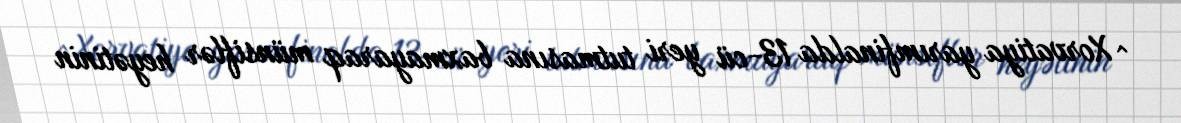
^ Xorvatiya yarımfinalda 13-cü yeri tutmasına baxmayaraq münsiflər heyətinin